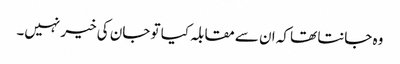
وہ جانتا تھا کہ ان سے مقابلہ کیا تو جان کی خیر نہیں۔